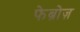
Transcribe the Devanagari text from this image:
फेब्रोज़